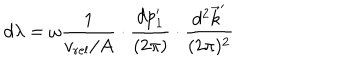
LaTeX: d \lambda = \omega { \frac { 1 } { v _ { \mathrm { r e l } } / A } } \cdot { \frac { d p _ { 1 } ^ { \prime } } { ( 2 \pi ) } } \cdot { \frac { d ^ { 2 } \vec { k } ^ { \prime } } { ( 2 \pi ) ^ { 2 } } }